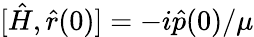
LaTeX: [\hat{H},\hat{r}(0)]=-i\hat{p}(0)/\mu